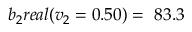
b _ { 2 } r e a l ( v _ { 2 } = 0 . 5 0 ) = \ 8 3 . 3